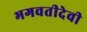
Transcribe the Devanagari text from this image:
भगवतीदेवी